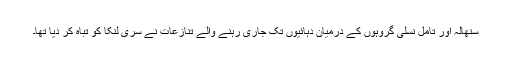
سنھالہ اور تامل نسلی گروہوں کے درمیان دہائیوں تک جاری رہنے والے تنازعات نے سری لنکا کو تباہ کر دیا تھا۔